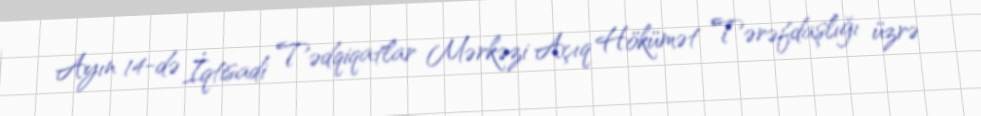
Ayın 14-də İqtisadi Tədqiqatlar Mərkəzi Açıq Hökümət Tərəfdaşlığı üzrə